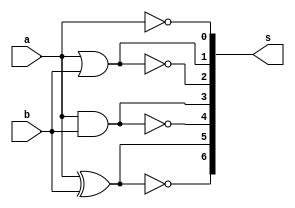
// -------------------------
// Exercicio0035 - Exercicio 5
// Nome: Pedro Henrique Alves M. de Carvalho
// -------------------------

// ------------------------- 
//  f4_gate
// -------------------------
module f4 (output [6:0] s,
				input a,
				input b);

// descrever por portas
 assign s [0:0]= ~a;
 assign s [1:1]= a | b;
 assign s [2:2]= ~( a | b);
 assign s [3:3]= a & b;
 assign s [4:4]= ~(a & b);
 assign s [5:5]= a ^ b;
 assign s [6:6]= ~(a ^ b);
endmodule // f4

module test_f4;
// ------------------------- definir dados
		reg  x;
		reg  y;
		wire  [6:0] z;

		f4 modulo (z, x, y);

// ------------------------- parte principal

	initial begin
		$display("Exercicio0035 - Pedro Henrique Alves M. de Carvalho - 427452"); 
		$display("Test LU's module");

		x = 1;		y = 0;
 
	// projetar testes do modulo
	#1 $display("%3b %3b = %3b",x,y,z);

	end

endmodule // test_f4